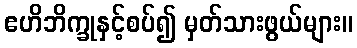
ဧဟိဘိက္ခုနှင့်စပ်၍ မှတ်သားဖွယ်များ။